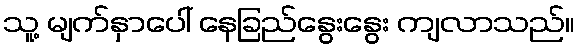
သူ့ မျက်နှာပေါ် နေခြည်နွေးနွေး ကျလာသည်။